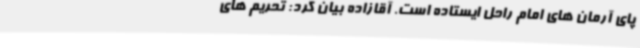
پای آرمان های امام راحل ایستاده است. آقازاده بیان کرد: تحریم های